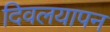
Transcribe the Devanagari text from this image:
दिवलयापन